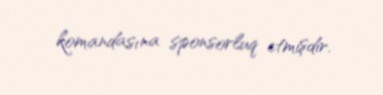
komandasına sponsorluq etmişdir.